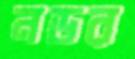
নডর